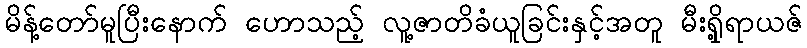
မိန့်တော်မူပြီးနောက် ဟောသည့် လူ့ဇာတိခံယူခြင်းနှင့်အတူ မီးရှို့ရာယဇ်